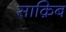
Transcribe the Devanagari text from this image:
साक़िब